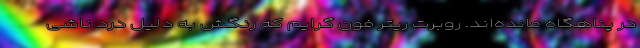
در پناهگاه مانده‌اند. روبرت ریتر فون گرایم که رنگش به دلیل درد ناشی